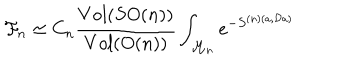
{ \cal F } _ { n } \simeq C _ { n } \frac { V o l ( S O ( n ) ) } { V o l ( O ( n ) ) } \int _ { { \cal M } _ { n } } e ^ { - S ^ { ( n ) ( a , { \cal D } a ) } }